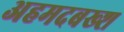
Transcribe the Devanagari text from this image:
अहमदबख्श